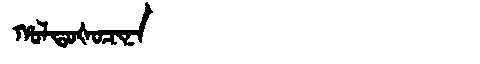
Manchu: ᡥᠣᠯᡨᠣᡧᠣᠴᡳᠨᠠ
Romanization: HOLTOŠOCINA